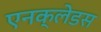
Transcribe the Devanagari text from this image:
एनक्लेडस